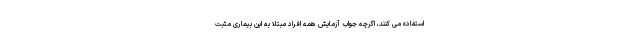
استفاده می کنند، اگرچه جواب آزمایش همه افراد مبتلا به این بیماری مثبت